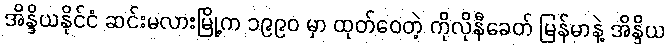
အိန္ဒိယနိုင်ငံ ဆင်းမလားမြို့က ၁၉၉၀ မှာ ထုတ်ဝေတဲ့ ကိုလိုနီခေတ် မြန်မာနဲ့ အိန္ဒိယ